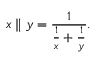
x \parallel y = { \frac { 1 } { { \frac { 1 } { x } } + { \frac { 1 } { y } } } } .